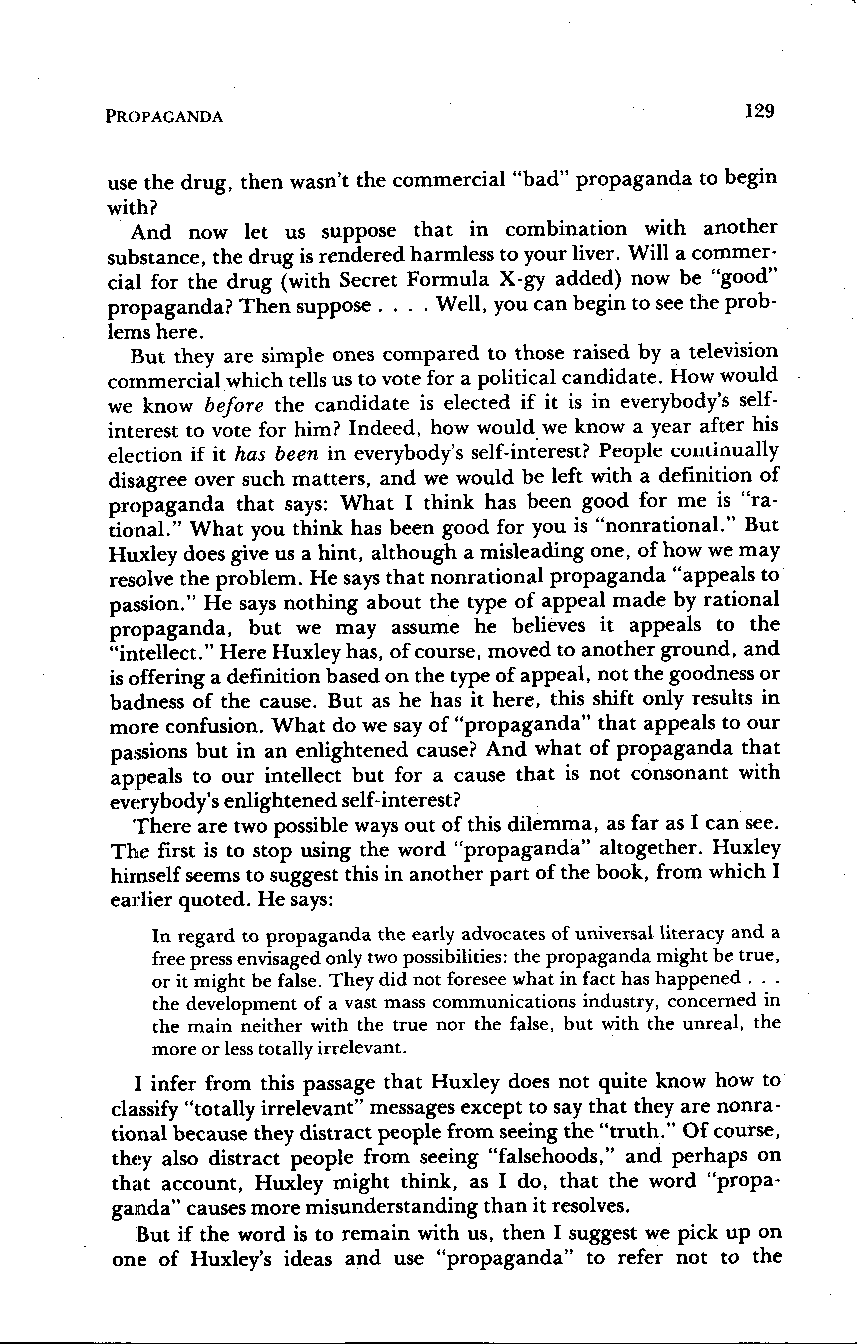
129
 PROPAGANDA
 use the drug, then wasn't the commercial "bad" propaganda to begin
 with?
 And now let us suppose that in combination with another
 substance, the drug is rendered harmless to your liver. Will a commer-
 cial for the drug (with Secret Formula X-gy added) now be "good"
 propaganda? Then suppose . . . . Well, you can begin to see the prob-
 lems here.
 But they are simple ones compared to those raised by a television
 commercial which tells us to vote for a political candidate . How would
 we know before the candidate is elected if it is in everybody's self-
 interest to vote for him? Indeed, how would we know a year after his
 election if it has been in everybody's self-interest? People continually
 disagree over such matters, and we would be left with a definition of
 propaganda that says: What I think has been good for me is "ra-
 tional." What you think has been good for you is "nonrational ." But
 Huxley does give us a hint, although a misleading one, of how we may
 resolve the problem. He says that nonrational propaganda "appeals to
 passion." He says nothing about the type of appeal made by rational
 propaganda, but we may assume he believes it appeals to the
 "intellect." Here Huxley has, of course, moved to another ground, and
 is offering a definition based on the type of appeal, not the goodness or
 badness of the cause. But as he has it here, this shift only results in
 more confusion. What do we say of "propaganda" that appeals to our
 passions but in an enlightened cause? And what of propaganda that
 appeals to our intellect but for a cause that is not consonant with
 everybody's enlightened self-interest?
 There are two possible ways out of this dilemma, as far as I can see.
 The first is to stop using the word "propaganda" altogether. Huxley
 himself seems to suggest this in another part of the book, from which I
 earlier quoted. He says:
 In regard to propaganda the early advocates of universal literacy and a
 free press envisaged only two possibilities : the propaganda might be true,
 or it might be false. They did not foresee what in fact has happened . . .
 the development of a vast mass communications industry, concerned in
 the main neither with the true nor the false, but with the unreal, the
 more or less totally irrelevant.
 I infer from this passage that Huxley does not quite know how to
 classify "totally irrelevant" messages except to say that they are nonra-
 tional because they distract people from seeing the "truth ." Of course,
 they also distract people from seeing "falsehoods," and perhaps on
 that account, Huxley might think, as I do, that the word "propa-
 ganda" causes more misunderstanding than it resolves .
 But if the word is to remain with us, then I suggest we pick up on
 one of Huxley's ideas and use "propaganda" to refer not to the